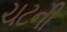
ચટની